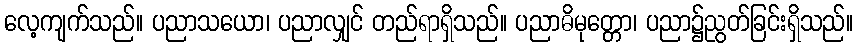
လေ့ကျက်သည်။ ပညာသယော၊ ပညာလျှင် တည်ရာရှိသည်။ ပညာဓိမုတ္တော၊ ပညာ၌ညွတ်ခြင်းရှိသည်။